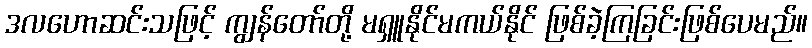
ဒလဟောဆင်းသဖြင့် ကျွန်တော်တို့ မရှူနိုင်မကယ်နိုင် ဖြစ်ခဲ့ကြခြင်းဖြစ်ပေမည်။